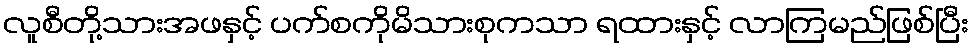
လူစီတို့သားအဖနှင့် ပက်စကိုမိသားစုကသာ ရထားနှင့် လာကြမည်ဖြစ်ပြီး